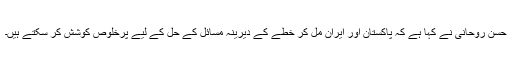
حسن روحانی نے کہا ہے کہ پاکستان اور ایران مل کر خطے کے دیرینہ مسائل کے حل کے لیے پرخلوص کوشش کر سکتے ہیں۔